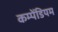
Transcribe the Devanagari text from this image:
कम्पेंडियम